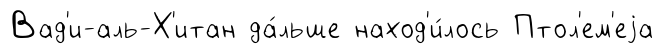
Вад'и-аль-Х'итан да́льше наход'и́лось Птол'ем'еjа